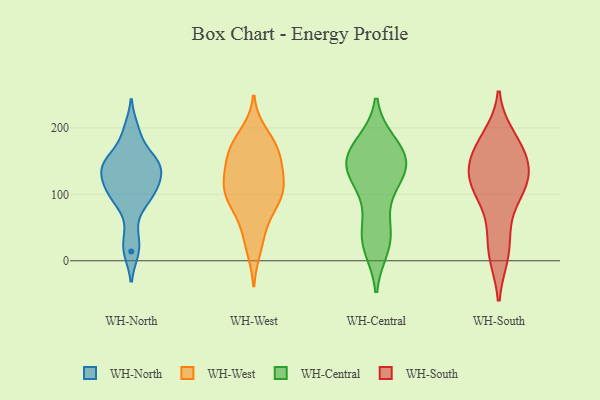
{"axis": {"x": "Demand Index", "y": "Value"}, "legend": ["WH-Central", "WH-North", "WH-South", "WH-West"], "data": [{"x": "", "y": 107, "type": "WH-North"}, {"x": "", "y": 111, "type": "WH-North"}, {"x": "", "y": 140, "type": "WH-North"}, {"x": "", "y": 41, "type": "WH-North"}, {"x": "", "y": 138, "type": "WH-North"}, {"x": "", "y": 92, "type": "WH-North"}, {"x": "", "y": 153, "type": "WH-North"}, {"x": "", "y": 97, "type": "WH-North"}, {"x": "", "y": 136, "type": "WH-North"}, {"x": "", "y": 119, "type": "WH-North"}, {"x": "", "y": 84, "type": "WH-North"}, {"x": "", "y": 147, "type": "WH-North"}, {"x": "", "y": 198, "type": "WH-North"}, {"x": "", "y": 159, "type": "WH-North"}, {"x": "", "y": 139, "type": "WH-North"}, {"x": "", "y": 108, "type": "WH-North"}, {"x": "", "y": 16, "type": "WH-North"}, {"x": "", "y": 14, "type": "WH-North"}, {"x": "", "y": 147, "type": "WH-North"}, {"x": "", "y": 192, "type": "WH-North"}, {"x": "", "y": 176, "type": "WH-West"}, {"x": "", "y": 148, "type": "WH-West"}, {"x": "", "y": 167, "type": "WH-West"}, {"x": "", "y": 167, "type": "WH-West"}, {"x": "", "y": 190, "type": "WH-West"}, {"x": "", "y": 20, "type": "WH-West"}, {"x": "", "y": 131, "type": "WH-West"}, {"x": "", "y": 113, "type": "WH-West"}, {"x": "", "y": 129, "type": "WH-West"}, {"x": "", "y": 110, "type": "WH-West"}, {"x": "", "y": 97, "type": "WH-West"}, {"x": "", "y": 69, "type": "WH-West"}, {"x": "", "y": 104, "type": "WH-West"}, {"x": "", "y": 84, "type": "WH-West"}, {"x": "", "y": 164, "type": "WH-West"}, {"x": "", "y": 36, "type": "WH-West"}, {"x": "", "y": 96, "type": "WH-West"}, {"x": "", "y": 147, "type": "WH-Central"}, {"x": "", "y": 20, "type": "WH-Central"}, {"x": "", "y": 149, "type": "WH-Central"}, {"x": "", "y": 33, "type": "WH-Central"}, {"x": "", "y": 58, "type": "WH-Central"}, {"x": "", "y": 22, "type": "WH-Central"}, {"x": "", "y": 126, "type": "WH-Central"}, {"x": "", "y": 169, "type": "WH-Central"}, {"x": "", "y": 43, "type": "WH-Central"}, {"x": "", "y": 139, "type": "WH-Central"}, {"x": "", "y": 177, "type": "WH-Central"}, {"x": "", "y": 157, "type": "WH-Central"}, {"x": "", "y": 177, "type": "WH-Central"}, {"x": "", "y": 141, "type": "WH-Central"}, {"x": "", "y": 104, "type": "WH-Central"}, {"x": "", "y": 147, "type": "WH-Central"}, {"x": "", "y": 117, "type": "WH-Central"}, {"x": "", "y": 168, "type": "WH-South"}, {"x": "", "y": 117, "type": "WH-South"}, {"x": "", "y": 64, "type": "WH-South"}, {"x": "", "y": 166, "type": "WH-South"}, {"x": "", "y": 126, "type": "WH-South"}, {"x": "", "y": 161, "type": "WH-South"}, {"x": "", "y": 184, "type": "WH-South"}, {"x": "", "y": 11, "type": "WH-South"}, {"x": "", "y": 122, "type": "WH-South"}, {"x": "", "y": 115, "type": "WH-South"}, {"x": "", "y": 115, "type": "WH-South"}, {"x": "", "y": 16, "type": "WH-South"}]}